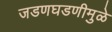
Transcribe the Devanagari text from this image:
जडणघडणीमुळे